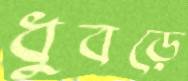
ধুবড়ে